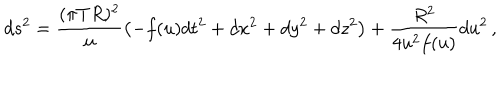
d s ^ { 2 } = \frac { ( \pi T R ) ^ { 2 } } u \left( - f ( u ) d t ^ { 2 } + d x ^ { 2 } + d y ^ { 2 } + d z ^ { 2 } \right) + { \frac { R ^ { 2 } } { 4 u ^ { 2 } f ( u ) } } d u ^ { 2 } \, ,